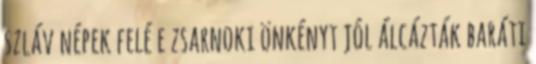
szláv népek felé e zsarnoki önkényt jól álcázták baráti